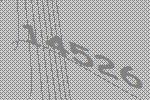
14526